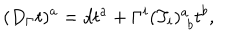
( D _ { \Gamma } t ) ^ { a } = d t ^ { a } + \Gamma ^ { i } ( T _ { i } ) _ { \, \, b } ^ { a } t ^ { b } ,